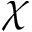
\chi